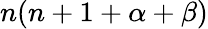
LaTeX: n(n+1+\alpha+\beta)